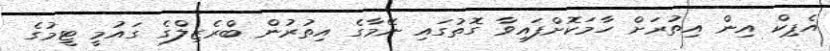
އެޕިކް އިން އިތުރަށް ހާމަކޮށްފައިވާ ގޮތުގައި ނޭމާގެ އިތުރުން ބްރެޒިލްގެ ގައުމީ ޓީމުގެ